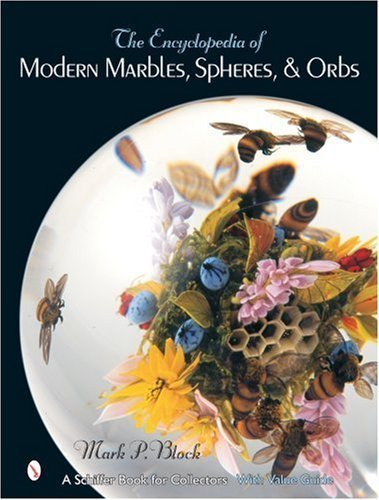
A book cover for The Encyclopedia of Modern Marbles, Spheres, & Orbs (Schiffer Book for Collectors with Value Guide) by Block, Mark P. (2005) Hardcover; Mark P. Block; Crafts, Hobbies & Home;